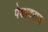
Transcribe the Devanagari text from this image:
पेशावरास